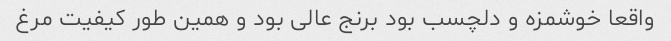
واقعا خوشمزه و دلچسب بود برنج عالی بود و همین طور کیفیت مرغ